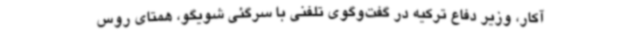
آکار، وزیر دفاع ترکیه در گفت‌وگوی تلفنی با سرگئی شویگو، همتای روس